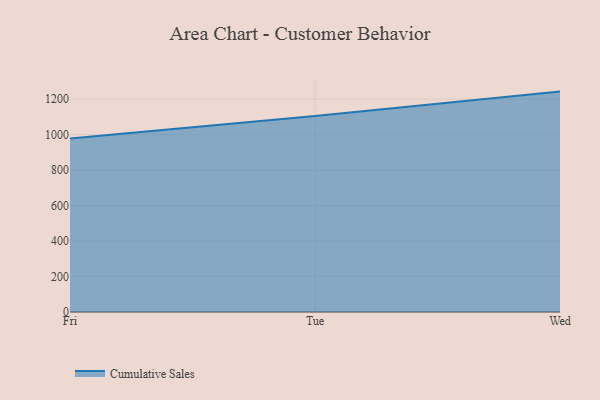
{"axis": {"x": "Day", "y": "Revenue (USD Million)"}, "legend": ["Cumulative Sales"], "data": [{"x": "Fri", "y": 978.7, "type": "Cumulative Sales"}, {"x": "Tue", "y": 1104.8, "type": "Cumulative Sales"}, {"x": "Wed", "y": 1242.4, "type": "Cumulative Sales"}]}